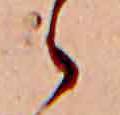
ゝ